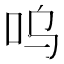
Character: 呜